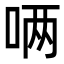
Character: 唡